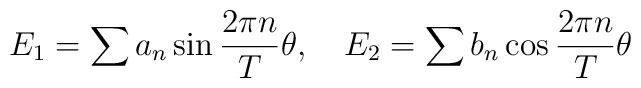
E_1 = \sum {a_n } \sin \frac{2\pi n}{T}\theta  ,\quad E_2 = \sum {b_n } \cos \frac{2\pi n}{T}\theta